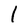
Character: l